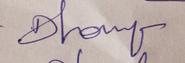
Signature authenticity: genuine